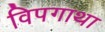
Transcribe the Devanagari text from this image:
विपगाथा